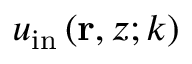
u _ { \mathrm { i n } } \left( \mathbf { r } , z ; k \right)